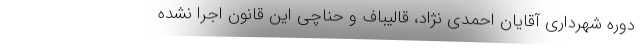
دوره شهرداری آقایان احمدی نژاد، قالیباف و حناچی این قانون اجرا نشده